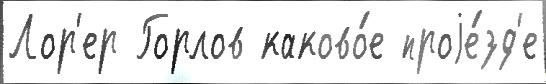
Лор'ер Горлов каково́е проjе́зд'е